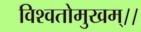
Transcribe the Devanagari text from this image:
विश्वतोमुखम्‌।।